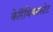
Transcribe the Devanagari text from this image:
केरिंथियनस्टेट